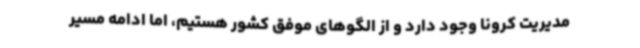
مدیریت کرونا وجود دارد و از الگوهای موفق کشور هستیم، اما ادامه مسیر